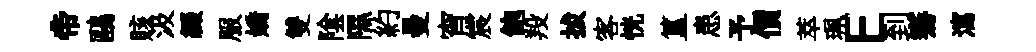
帝鷗賅汲綴服嬌雙隂隰約曼宵宸飽羖拔客恍簋患予價萃珮E到騫瀉